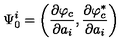
\Psi _ { 0 } ^ { i } = \left( \frac { \partial \varphi _ { c } } { \partial a _ { i } } , \frac { \partial \varphi _ { c } ^ { \ast } } { \partial a _ { i } } \right)